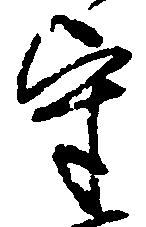
守